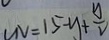
V N = 1 5 - y + \frac { y } { 2 }